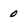
Character: 0